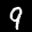
Label: 9